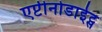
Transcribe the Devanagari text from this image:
एप्टीनोडाईट्स